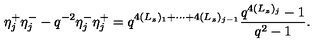
\eta _ { j } ^ { + } \eta _ { j } ^ { - } - q ^ { - 2 } \eta _ { j } ^ { - } \eta _ { j } ^ { + } = q ^ { 4 ( L _ { z } ) _ { 1 } + \cdots + 4 ( L _ { z } ) _ { j - 1 } } \frac { q ^ { 4 ( L _ { z } ) _ { j } } - 1 } { q ^ { 2 } - 1 } .